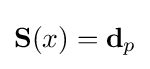
\mathbf {S} (x)=\mathbf {d} _{p}